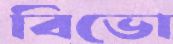
বিভো